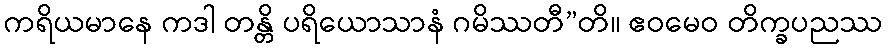
ကရိယမာနေ ကဒါ တန္တိ ပရိယောသာနံ ဂမိဿတီ”တိ။ ဧဝမေဝ တိက္ခပညဿ